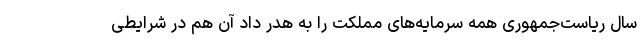
سال ریاست‌جمهوری همه سرمایه‌های مملکت را به هدر داد آن هم در شرایطی